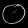
Digit: ၀